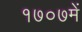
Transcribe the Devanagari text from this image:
१७०७में